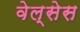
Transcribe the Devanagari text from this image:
वेल्सेस